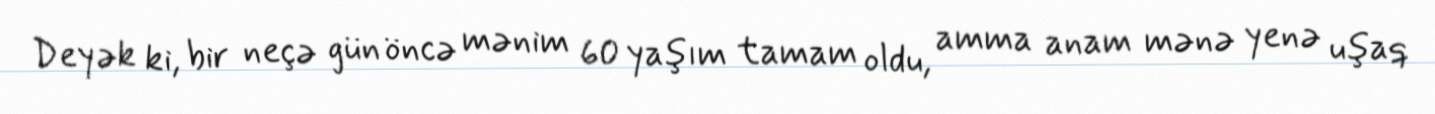
Deyək ki, bir neçə gün öncə mənim 60 yaşım tamam oldu, amma anam mənə yenə uşaq